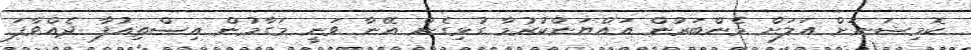
ކޮމިޝަނަށް އަލަށް މެންބަރުން އައްޔަންކުރުމާ ގުޅިގެން އޭނާ ވަނީ މަގާމުން އިސްތިއުފާ ދެއްވާފަ